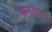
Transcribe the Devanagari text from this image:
भ्रमवाद